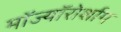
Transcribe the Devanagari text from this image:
मॉज्यॉरोर्शाग